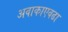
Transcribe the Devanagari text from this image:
अवाकाएवढा